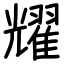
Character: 耀